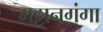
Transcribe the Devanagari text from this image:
मट्टानगंगा